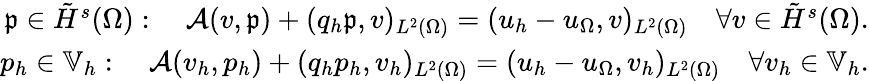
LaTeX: \begin{array}{r}{\mathfrak{p}\in\tilde{H}^{s}(\Omega):\quad\mathcal{A}(v,\mathfrak{p})+(q_{h}\mathfrak{p},v)_{L^{2}(\Omega)}=(u_{h}-u_{\Omega},v)_{L^{2}(\Omega)}\quad\forall v\in\tilde{H}^{s}(\Omega).}\\ {p_{h}\in\mathbb{V}_{h}:\quad\mathcal{A}(v_{h},p_{h})+(q_{h}p_{h},v_{h})_{L^{2}(\Omega)}=(u_{h}-u_{\Omega},v_{h})_{L^{2}(\Omega)}\quad\forall v_{h}\in\mathbb{V}_{h}.}\end{array}